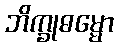
ဘိက္ခုဓမ္မော